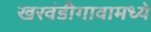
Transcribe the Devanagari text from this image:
खरवंडीगावामध्ये